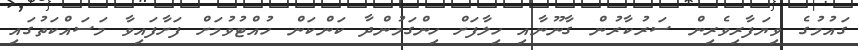
ގައުމުގެ ވިޔަފާރިވެރިން ސަރުކާރުން ގާނޫނާއި ހިލާފަށް ހިންގަމުންދާ ކަންކަން ހުއްޓުވުމަށް ފަށާފައިވާ މަސައްކަތުގައި